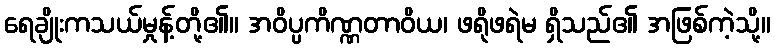
ရေချိုးကသယ်မှုန့်တို့၏။ အဝိပ္ပကိဏ္ဏတာဝိယ၊ ဖရိုဖရဲမ ရှိသည်၏ အဖြစ်ကဲ့သို့။